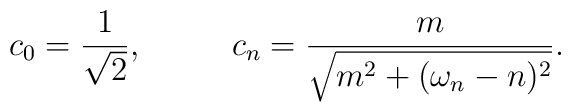
c_0 = {1\over \sqrt{2}}, ~~~~~~~~ c_n = {m \over \sqrt{m^2 + (\omega_n- n)^2}}.